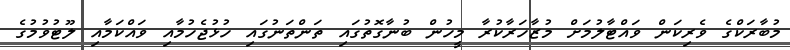
މުބާރަކްގެ ވެރިކަން ވައްޓާލުމަށް މުޒާހަރާކުރާ މީހުން ބުނާގޮތުގައި ތަންތަނުގައި ހުޅުޖެހުމާއި ވައްކަމާއި ލޫޓުވުމުގެ